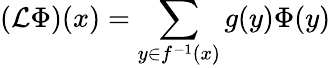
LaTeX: ({\mathcal{L}}\Phi)(x)=\sum_{y\in f^{-1}(x)}g(y)\Phi(y)